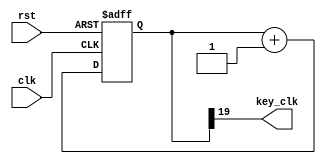
`timescale 1ns / 1ps


module scan_key_clk(
    input clk, rst,
    output key_clk  //  modified clock for keyboard scanning
    );
    //  want to scan for 20ms each (50Hz) --> 10^8 / 50 / 2 --> 1e6 --> 2^20
    reg [19:0] cnt;
    always @(posedge clk, negedge rst)
    begin
        if (~rst)
            cnt <= 0;
        else
            cnt <= cnt + 1;
    end
    assign key_clk = cnt[19];   //  MSB can perform as a clk pulse
endmodule